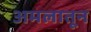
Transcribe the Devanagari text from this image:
अमलातून